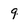
Character: 9